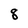
Character: 8